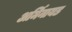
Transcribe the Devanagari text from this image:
अर्मिनायड